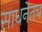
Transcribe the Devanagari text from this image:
साधनेतच